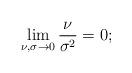
LaTeX: \begin{align*}\lim_{\nu,\sigma \to 0}\frac{\nu}{\sigma^2} = 0; \end{align*}